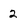
Character: 2